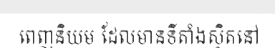
ពេញនិយម ដែលមានទីតាំងស្ថិតនៅ